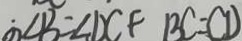
\angle B = \angle D C F B C = C D